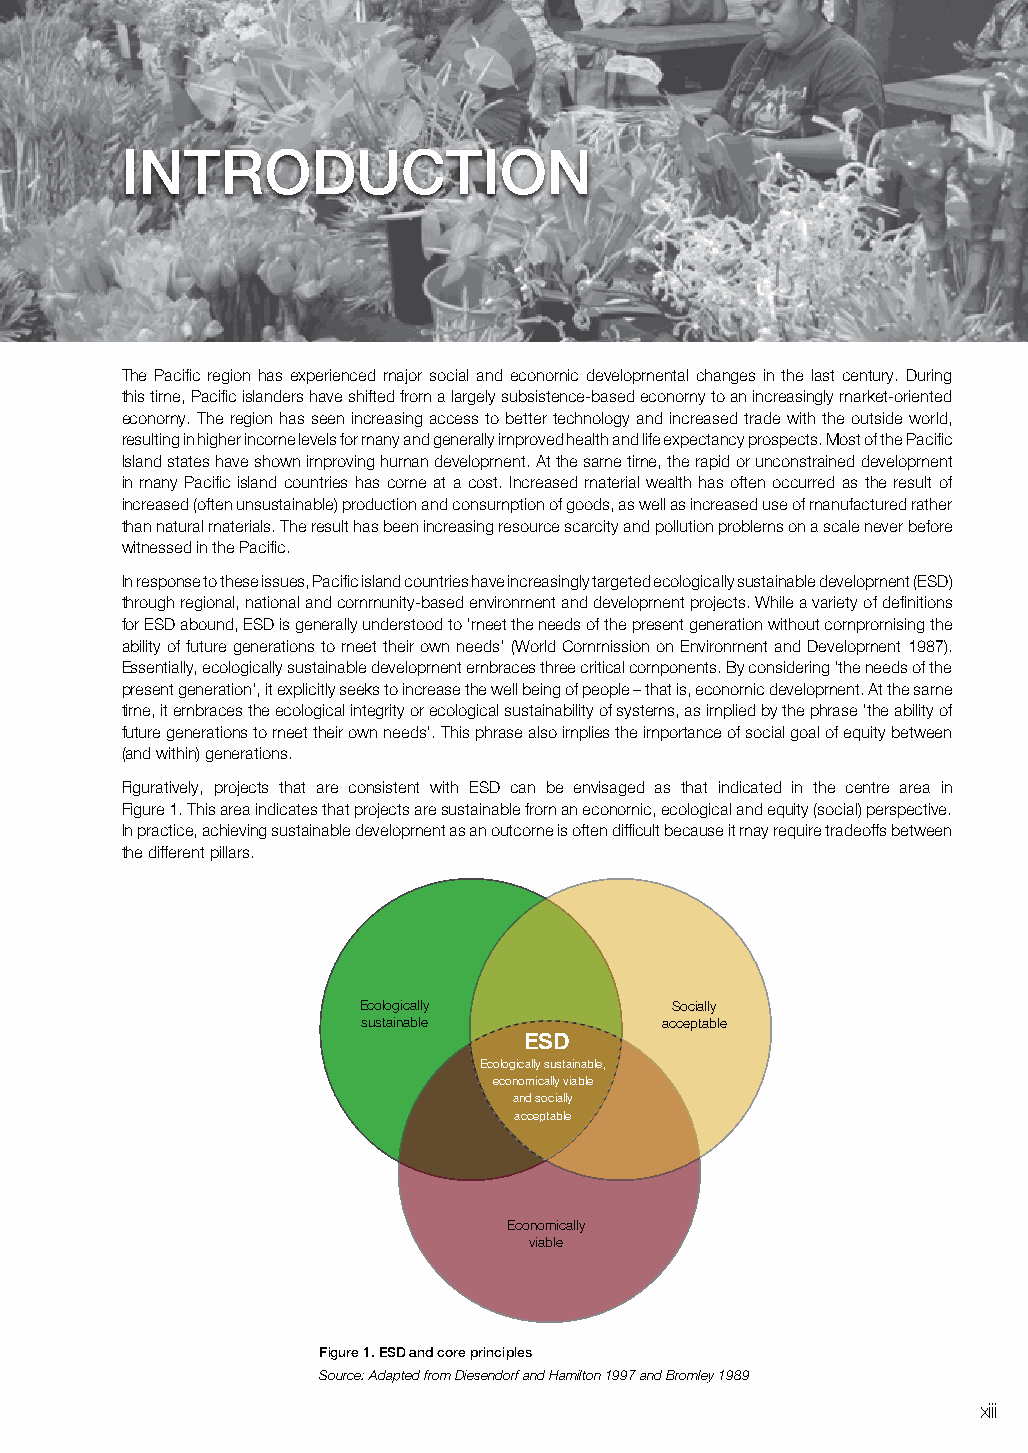
ACRonyMS
 introdUction
 CBA Cost Benefit Analysis
 CPEI Consumption Production Environment Institutions
 EPNV Expected Net Present Value
 ESD Ecologically Sustainable Development
 FOB Free On Board
 HACCP Hazard Analysis And Critical Central Point
 ISO International Standards Organization
 ITQ Individual Transferable Quota
 IWP International Waters Project
 The Pacific region has experienced major social and economic developmental changes in the last century. During
 LLMA Locally Managed Marine Area
 this time, Pacific islanders have shifted from a largely subsistence-based economy to an increasingly market-oriented
 MAC Management Advisory Committee economy. The region has seen increasing access to better technology and increased trade with the outside world,
 MC Marginal Cost (s) resulting in higher income levels for many and generally improved health and life expectancy prospects. Most of the Pacific
 MB Marginal Benefit (s) Island states have shown improving human development. At the same time, the rapid or unconstrained development
 NPV Net Present Value in many Pacific island countries has come at a cost. Increased material wealth has often occurred as the result of
 PV Present Value increased (often unsustainable) production and consumption of goods, as well as increased use of manufactured rather
 SPBCP South Pacific Biodiversity Conservation Programme than natural materials. The result has been increasing resource scarcity and pollution problems on a scale never before
 TC Total Cost witnessed in the Pacific.
 TEV Total Economic Value
 In response to these issues, Pacific island countries have increasingly targeted ecologically sustainable development (ESD)
 TFC Total Fixed Cost
 through regional, national and community-based environment and development projects. While a variety of definitions
 TR Total Revenue for ESD abound, ESD is generally understood to ‘meet the needs of the present generation without compromising the
 TVC Total Variable Cost ability of future generations to meet their own needs’ (World Commission on Environment and Development 1987).
 UNCLOS United National Convention Of The Law Of The Sea Essentially, ecologically sustainable development embraces three critical components. By considering ‘the needs of the
 WTAC Willingness To Accept Compensation present generation’, it explicitly seeks to increase the well being of people – that is, economic development. At the same
 WTP Willingness To Pay time, it embraces the ecological integrity or ecological sustainability of systems, as implied by the phrase ‘the ability of
 future generations to meet their own needs’. This phrase also implies the importance of social goal of equity between
 (and within) generations.
 Figuratively, projects that are consistent with ESD can be envisaged as that indicated in the centre area in
 Figure 1. This area indicates that projects are sustainable from an economic, ecological and equity (social) perspective.
 In practice, achieving sustainable development as an outcome is often difficult because it may require tradeoffs between
 the different pillars.
 Ecologically        Socially
 sustainable         acceptable
 ESD
 Ecologically sustainable,
 economically viable
 and socially
 acceptable
 Economically
 viable
 figure 1. esd and core principles
 Source: Adapted from Diesendorf and Hamilton 1997 and Bromley 1989
 xii                                                              xiii